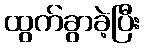
ထွက်ခွာခဲ့ပြီး